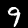
Digit: 9